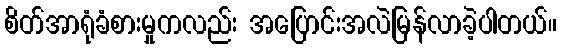
စိတ်အာရုံခံစားမှုကလည်း အပြောင်းအလဲမြန်လာခဲ့ပါတယ်။